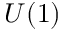
U ( 1 )